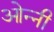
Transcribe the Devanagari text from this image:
ओन्नी